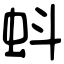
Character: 蚪